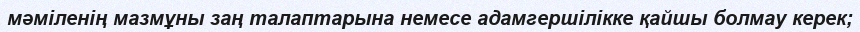
мәміленің мазмұны заң талаптарына немесе адамгершілікке қайшы болмау керек;